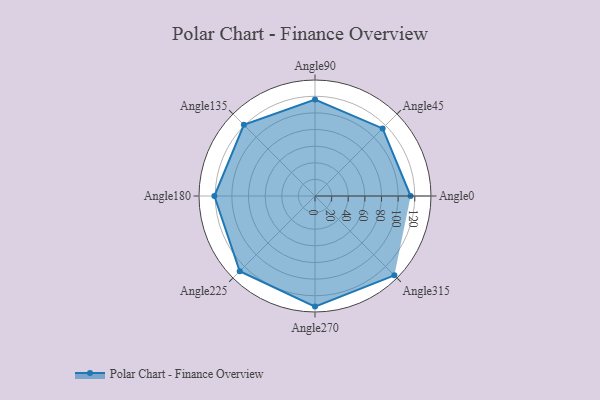
{"axis": {"x": "Angle", "y": "Radius"}, "legend": [""], "data": [{"x": "Angle0", "y": 115.0, "type": ""}, {"x": "Angle45", "y": 115.0, "type": ""}, {"x": "Angle90", "y": 116.0, "type": ""}, {"x": "Angle135", "y": 121.0, "type": ""}, {"x": "Angle180", "y": 121.0, "type": ""}, {"x": "Angle225", "y": 128.0, "type": ""}, {"x": "Angle270", "y": 133.0, "type": ""}, {"x": "Angle315", "y": 135.0, "type": ""}]}